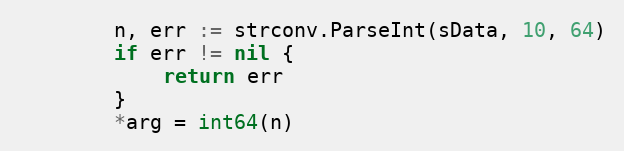
Language: Go
		n, err := strconv.ParseInt(sData, 10, 64)
		if err != nil {
			return err
		}
		*arg = int64(n)